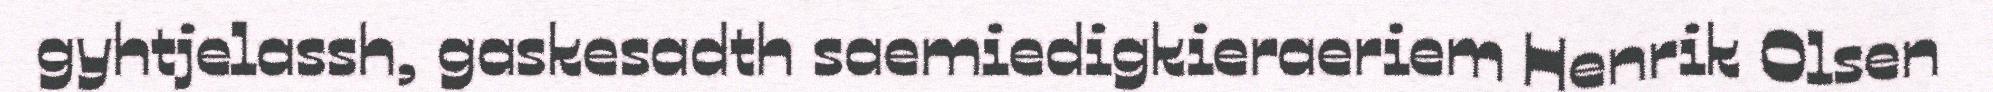
gyhtjelassh, gaskesadth saemiedigkieraeriem Henrik Olsen